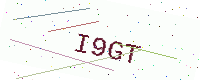
Text: I9GT